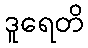
ဒူရေတိ